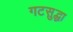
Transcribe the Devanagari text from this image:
गटसुद्धा